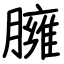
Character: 臃